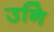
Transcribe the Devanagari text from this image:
उनि